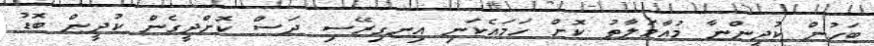
ބަހުން ކުދީންނާ މުއާމަލާތު ކޮށް ހަމައެކަނި އިނގިރޭސި ދަސް ކޮށްދީގެން ކުދީން ބޮޑު